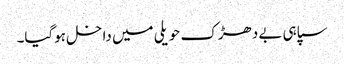
سپاہی بے دھڑک حویلی میں داخل ہوگیا۔